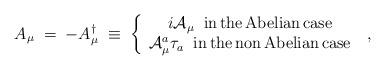
LaTeX: \begin{align*}A_\mu \;=\;-A_\mu^\dagger \;\equiv\;\left\{\begin{array}{c}i {\mathcal A}_\mu \;\;{\rm in \,the\, Abelian\, case}\\{\mathcal A}_\mu^a \tau_a \;\; {\rm in\, the\, non\, Abelian\, case}\end{array}\right.\;,\end{align*}